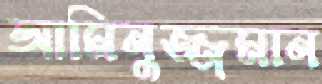
আমিনুজ্জমান